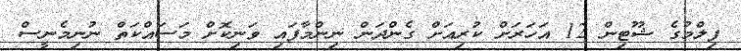
ފިލްމުގެ ޝޫޓިން 12 އަހަރަށް ކުރިއަށް ގެންދަން ނިންމާފައި ވަނިކޮށް މަސައްކަތް ނުނިމެނީސް